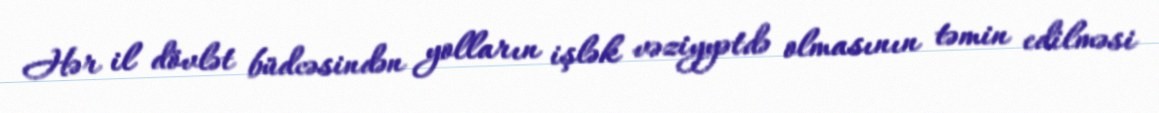
Hər il dövlət büdcəsindən yolların işlək vəziyyətdə olmasının təmin edilməsi